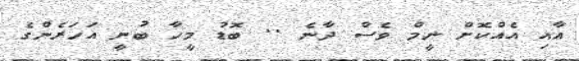
އާއި އެއްކޮށް ނީމް ވެސް ދާނެ .. ބޮޑު މީހާ ބުނީ އަހަރެންގެ